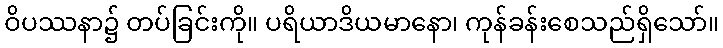
ဝိပဿနာ၌ တပ်ခြင်းကို။ ပရိယာဒိယမာနော၊ ကုန်ခန်းစေသည်ရှိသော်။